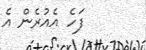
ފަހެ އެއުރެން އެ